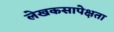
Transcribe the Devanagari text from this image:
लेखकसापेक्षता